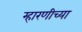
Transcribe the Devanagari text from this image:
म्हारणीच्या